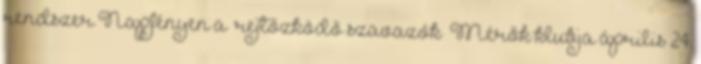
rendszer Napfényen a „rejtőzködő szavazók” Mérők klubja április 24.